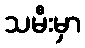
သမီးမှာ